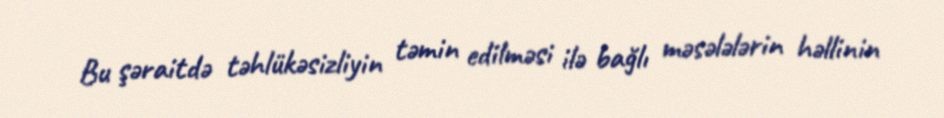
Bu şəraitdə təhlükəsizliyin təmin edilməsi ilə bağlı məsələlərin həllinin